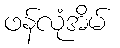
ဖန်လုံအိမ်